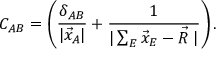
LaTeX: C _ { A B } = \left( \frac { \delta _ { A B } } { | \vec { x } _ { A } | } + \frac { 1 } { | \sum _ { E } \vec { x } _ { E } - \vec { R } \; | } \right) .